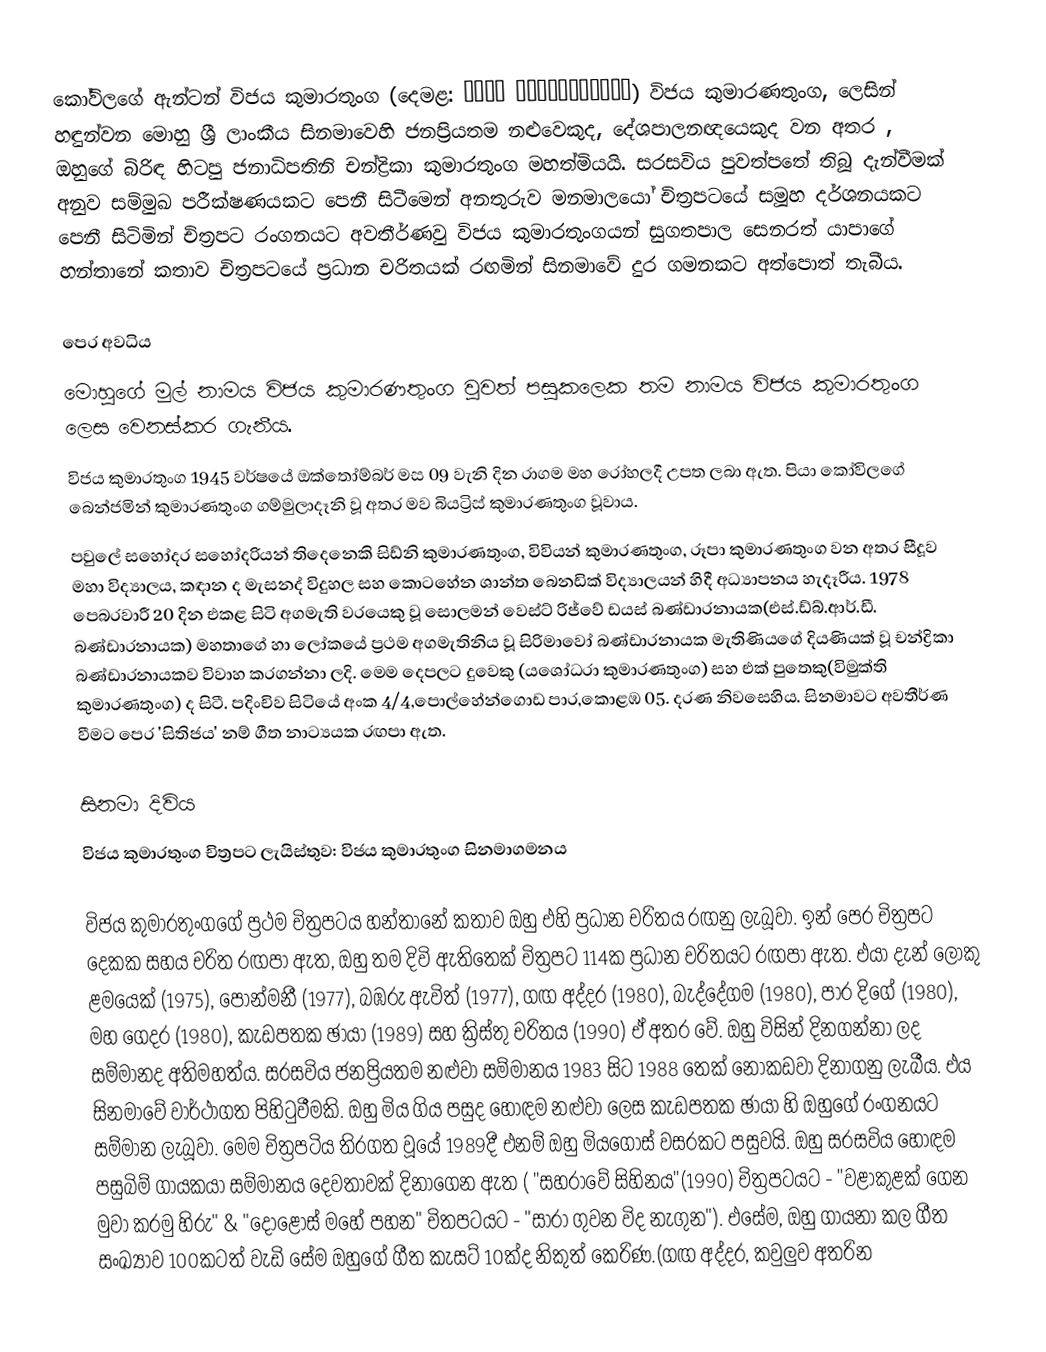
කෝවිලගේ ඇන්ටන් විජය කුමාරතුංග (දෙමළ: விஜய குமாரணதுங்க) විජය කුමාරණතුංග, ලෙසින් හඳුන්වන මොහු ශ්‍රී ලාංකීය සිනමාවෙහි ජනප්‍රියතම නළුවෙකුද, දේශපාලනඥයෙකුද වන අතර , ඔහුගේ බිරිඳ හිටපු ජනාධිපතිනි චන්ද්‍රිකා කුමාරතුංග මහත්මියයි. සරසවිය පුවත්පතේ තිබූ දැන්වීමක් අනුව සම්මුඛ පරීක්ෂණයකට පෙනී සිටීමෙන් අනතුරුව මනමාලයෝ චිත්‍රපටයේ සමූහ දර්ශනයකට පෙනී සිටිමින් චිත්‍රපට රංගනයට අවතීර්ණවු විජය කුමාරතුංගයන් සුගතපාල සෙනරත් යාපාගේ හන්තානේ කතාව චිත්‍රපටයේ ප්‍රධාන චරිතයක් රඟමින් සිනමාවේ දුර ගමනකට අත්පොත් තැබීය.

පෙර අවධිය
මොහුගේ මුල් නාමය විජය කුමාරණතුංග වුවත් පසුකලෙක තම නාමය විජය කුමාරතුංග ලෙස වෙනස්කර ගැනීය.
විජය කුමාරතුංග 1945 වර්ෂයේ ඔක්තෝම්බර් මස 09 වැනි දින රාගම මහ රෝහලදී උපත ලබා ඇත. පියා කෝවිලගේ බෙන්ජමින් කුමාරණතුංග ගම්මුලාදෑනි වූ අතර මව බියට්‍රිස් කුමාරණතුංග වූවාය.
පවුලේ සහෝදර සහෝදරියන් තිදෙනෙකි සිඩ්නි කුමාරණතුංග, විවියන් කුමාරණතුංග, රූපා කුමාරණතුංග වන අතර සීදූව මහා විද්‍යාලය, කඳාන ද මැසනද් විදුහල සහ කොටහේන ශාන්ත බෙනඩික් විද්‍යාලයන් හිදී අධ්‍යාපනය හැදෑරීය. 1978 පෙබරවාරී 20 දින එකළ සිටි අගමැති වරයෙකු වූ සොලමන් වෙස්ට් රිජ්වේ ඩයස් බණ්ඩාරනායක(එස්.ඩ්බ්.ආර්.ඩී. බණ්ඩාරනායක) මහතාගේ හා ලෝකයේ ප්‍රථම අගමැතිනිය වූ සිරිමාවෝ බණ්ඩාරනායක මැතිණියගේ දියණියක් වූ චන්ද්‍රිකා බණ්ඩාරනායකව විවාහ කරගන්නා ලදි. මෙම දෙපලට දුවෙකු (යශෝධරා කුමාරණතුංග) සහ එක් පුතෙකු(විමුක්ති කුමාරණතුංග) ද සිටී. පදිංචිව සිටියේ අංක 4/4,පොල්හේන්ගොඩ පාර,කොළඹ 05. දරණ නිවසෙහිය. සිනමාවට අවතීර්ණ වීමට පෙර 'සිතිජය' නම් ගීත නාට්‍යයක රඟපා ඇත.

සිනමා දිවිය
  විජය කුමාරතුංග චිත්‍රපට ලැයිස්තුව: විජය කුමාරතුංග සිනමාගමනය

විජය කුමාරතුංගගේ ප්‍රථම චිත්‍රපටය හන්තානේ කතාව ඔහු එහි ප්‍රධාන චරිතය රඟනු ලැබූවා. ඉන් පෙර චිත්‍රපට දෙකක සහය චරිත රඟපා ඇත, ඔහු තම දිවි ඇතිතෙක් චිත්‍රපට 114ක ප්‍රධාන චරිතයට රඟපා ඇත. එයා දැන් ලොකු ළමයෙක් (1975), පොන්මනී (1977), බඹරු ඇවිත් (1977), ගඟ අද්දර (1980), බැද්දේගම (1980), පාර දිගේ (1980), මහ ගෙදර (1980), කැඩපතක ඡායා (1989) සහ ක්‍රිස්තු චරිතය (1990) ඒ අතර වේ. ඔහු විසින් දිනගන්නා ලද සම්මානද අතිමහත්ය. සරසවිය ජනප්‍රියතම නළුවා සම්මානය 1983 සිට 1988 තෙක් නොකඩවා දිනාගනු ලැබීය. එය සිනමාවේ වාර්ථාගත පිහිටුවීමකි. ඔහු මිය ගිය පසුද හොඳම නළුවා ලෙස කැඩපතක ඡායා හි ඔහුගේ රංගනයට සම්මාන ලැබූවා. මෙම චිත්‍රපටිය තිරගත වූයේ 1989දී එනම් ඔහු මියගොස් වසරකට පසුවයි. ඔහු සරසවිය හොඳම පසුබිම් ගායකයා සම්මානය දෙවතාවක් දිනාගෙන ඇත ( "සහරාවේ සිහිනය"(1990) චිත්‍රපටයට - "වළාකුළක් ගෙන මුවා කරමු හිරු" & "දොළොස් මහේ පහන" චිතපටයට - "සාරා ගුවන විද නැගුන"). එසේම, ඔහු ගායනා කල ගීත සංඛ්‍යාව 100කටත් වැඩි සේම ඔහුගේ ගීත කැසට් 10ක්ද නිකුත් කෙරිණ.(ගඟ අද්දර, කවුලුව අතරින